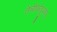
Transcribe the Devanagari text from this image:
तेचीकोट्टुकावु